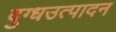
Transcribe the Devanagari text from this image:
दुग्धउत्पादन